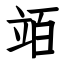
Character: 竡